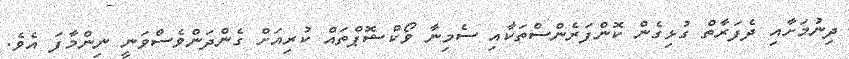
ދިނުމަށާއި ދެފަރާތް ގުޅިގެން ކޮންފަރެންސްތަކާއި ސެމިނާ ވޯކްޝޮޕްތައް ކުރިއަށް ގެންދަންވެސްވަނީ ނިންމާފަ އެވެ.